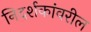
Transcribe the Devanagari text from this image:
निदर्शकांवरील